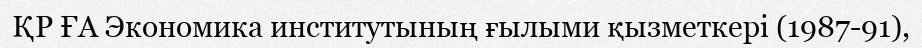
ҚР ҒА Экономика институтының ғылыми қызметкері (1987-91),